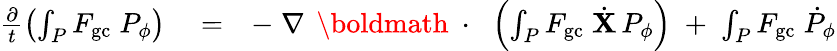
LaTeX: \begin{array}{rlr}{\frac{\partial}{t}\left(\int_{P}F_{\mathrm{gc}}\; P_{\phi}\right)}&{{}=}&{-\; \nabla\, \mathrm{~\boldmath~\cdot~}\, \left(\int_{P}F_{\mathrm{gc}}\; \dot{\mathbf X}\, P_{\phi}\right)\; +\; \int_{P}F_{\mathrm{gc}}\; \dot{P}_{\phi}}\end{array}